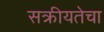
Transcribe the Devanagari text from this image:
सक्रीयतेचा